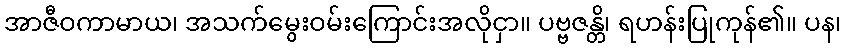
အာဇီဝကာမာယ၊ အသက်မွေးဝမ်းကြောင်းအလိုငှာ။ ပဗ္ဗဇန္တိ၊ ရဟန်းပြုကုန်၏။ ပန၊